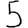
Digit: 5